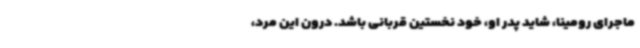
ماجرای رومینا، شاید پدر او، خود نخستین قربانی باشد. درون این مرد،